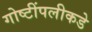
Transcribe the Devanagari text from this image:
गोष्टींपलीकडे